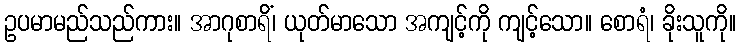
ဥပမာမည်သည်ကား။ အာဂုစာရိံ၊ ယုတ်မာသော အကျင့်ကို ကျင့်သော။ စောရံ၊ ခိုးသူကို။